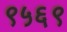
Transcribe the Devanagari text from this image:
९५६९